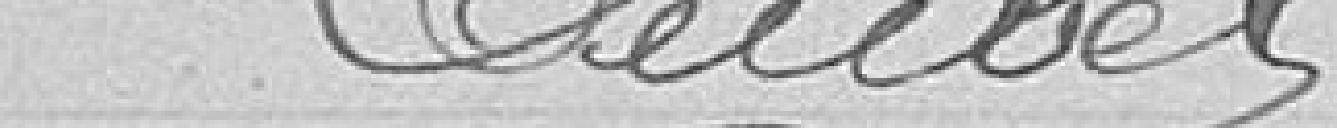
Daubel